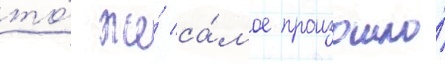
то́ же́ са́мое произошло́